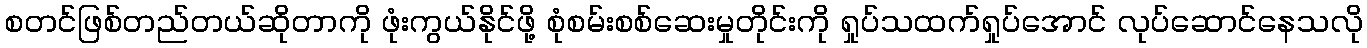
စတင်ဖြစ်တည်တယ်ဆိုတာကို ဖုံးကွယ်နိုင်ဖို့ စုံစမ်းစစ်ဆေးမှုတိုင်းကို ရှုပ်သထက်ရှုပ်အောင် လုပ်ဆောင်နေသလို